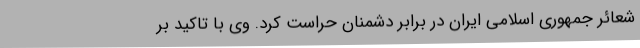
شعائر جمهوری اسلامی ایران در برابر دشمنان حراست کرد. وی با تاکید بر